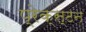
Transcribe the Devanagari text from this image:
प्रेक्स्टन